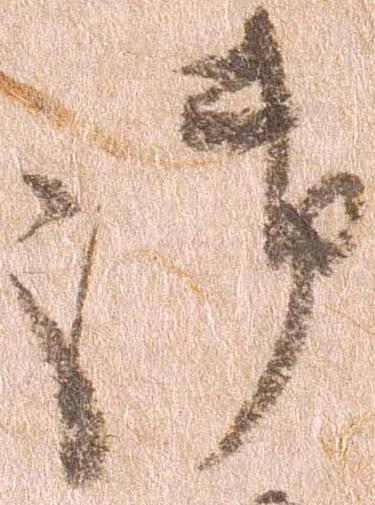
御